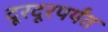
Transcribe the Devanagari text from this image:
दूरदूरपर्यंत